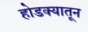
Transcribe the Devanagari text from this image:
होडक्यातून